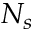
N _ { s }